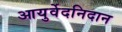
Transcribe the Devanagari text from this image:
आयुर्वेदनिदान